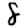
Digit: 8